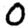
Digit: 0